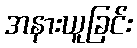
အနားယူခြင်း